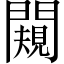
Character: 闚